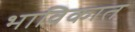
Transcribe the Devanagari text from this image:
भाविकात